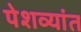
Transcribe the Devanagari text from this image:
पेशव्यांत